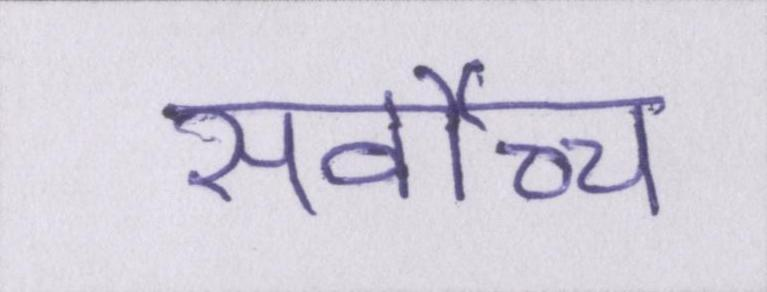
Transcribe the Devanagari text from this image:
सर्वोच्च